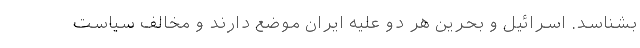
بشناسد. اسرائیل و بحرین هر دو علیه ایران موضع دارند و مخالف سیاست